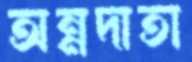
অন্নদাতা